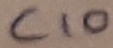
Text: C10